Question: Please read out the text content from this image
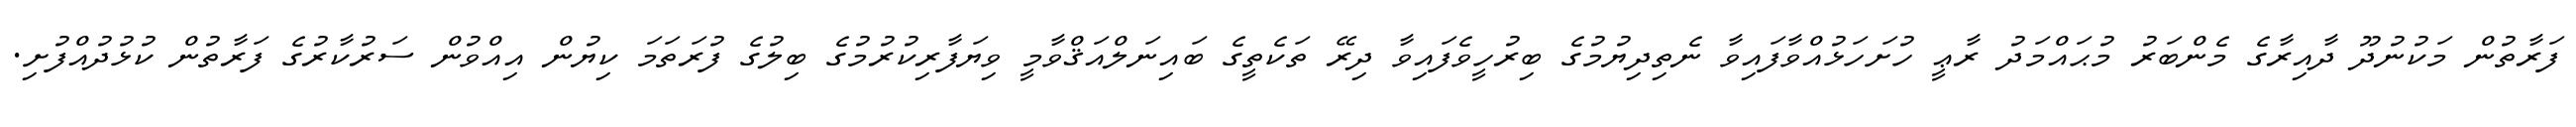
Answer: ފަރާތުން މަކުނުދޫ ދާއިރާގެ މެންބަރު މުޙައްމަދު ރާޢީ ހުށަހަޅުއްވާފައިވާ ނެތިދިޔުމުގެ ބިރުހީވެފައިވާ ދިރޭ ތަކެތީގެ ބައިނަލްއަޤްވާމީ ވިޔަފާރިކުރުމުގެ ބިލުގެ ފުރަތަމަ ކިޔުން އިއްވުން ސަރުކާރުގެ ފަރާތުން ކުޅުދުއްފުށި.